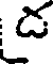
డ